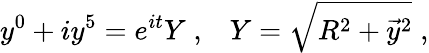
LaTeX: y^{0}+iy^{5}=e^{it}Y\; ,\; \; \; Y=\sqrt{R^{2}+\vec{y}{}^{2}}\; ,